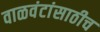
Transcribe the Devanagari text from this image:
वाळवंटांसाठीच